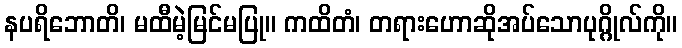
နပရိဘောတိ၊ မထီမဲ့မြင်မပြု။ ကထိတံ၊ တရားဟောဆိုအပ်သောပုဂ္ဂိုလ်ကို။